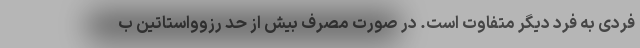
فردی به فرد دیگر متفاوت است. در صورت مصرف بیش از حد رزوواستاتین ب